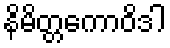
နိမိတ္တကောဝိဒါ